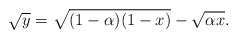
\begin{align*}\sqrt y =\sqrt{(1-\alpha)(1-x)}-\sqrt{\alpha x}.\end{align*}